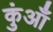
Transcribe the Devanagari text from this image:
कुंआँ